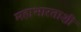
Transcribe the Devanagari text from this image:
महाभारताशी